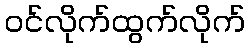
ဝင်လိုက်ထွက်လိုက်